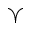
\curlyvee